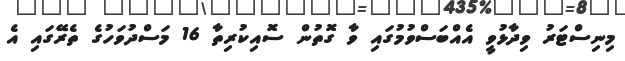
މިނިސްޓަރު ވިދާޅުވީ އެއްބަސްވުމުގައި ވާ ގޮތުން ސޮއިކުރިތާ 16 މަސްދުވަހުގެ ތެރޭގައި އެ